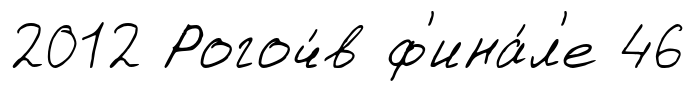
2012 Рогоч́в ф'ина́л'е 46